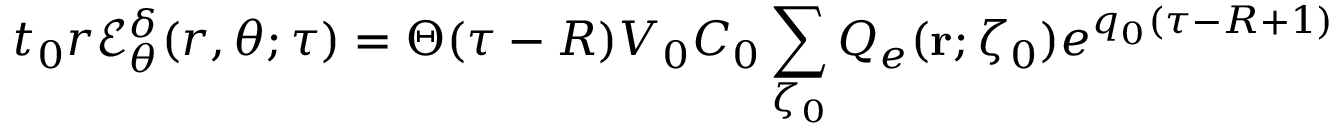
t _ { 0 } r \mathcal { E } _ { \theta } ^ { \delta } ( r , \theta ; \tau ) = \Theta ( \tau - R ) V _ { 0 } C _ { 0 } \sum _ { \zeta _ { 0 } } Q _ { e } ( { \bf r } ; \zeta _ { 0 } ) e ^ { q _ { 0 } ( \tau - R + 1 ) }